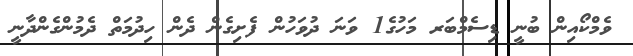
ވެމްކޯއިން ބުނީ ޑިސެމްބަރ މަހުގެ1 ވަނަ ދުވަހުން ފެށިގެން ދެން ހިދުމަތް ދެމުންގެންދާނީ